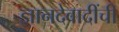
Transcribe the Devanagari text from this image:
ज्ञानदेवादींची